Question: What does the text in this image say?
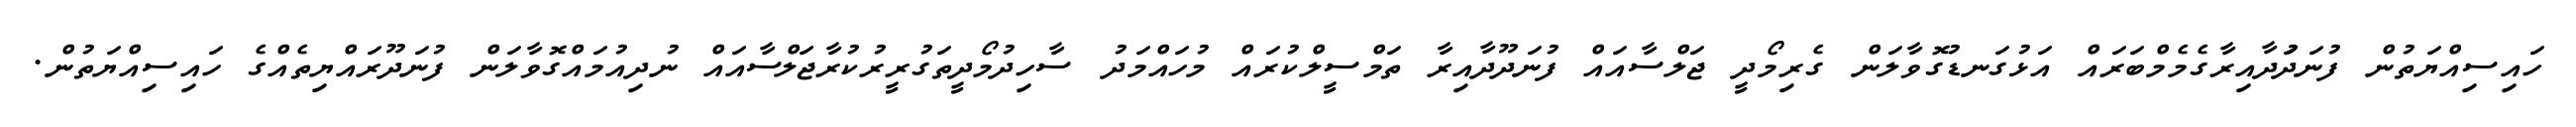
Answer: ހައިސިއްޔަތުން ފުނަދަުދާއިރާގެމެމްބަރައް އަޅުގަނޑުގޮވާލަން ގެރިމޯދީ ޖަލްސާއައް ފުނަދޫދާއިރާ ތަމްސީލްކުރައް މުހައްމަދު ސާހިދުމޯދީތަގުރީރުކުރާޖަލްސާއައް ނުދިއުމައްގޮވާލަން ފުނަދޫރައްޔިތެއްގެ ހައިސިއްޔަތުން.